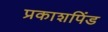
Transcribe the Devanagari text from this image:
प्रकाशपिंड